Report on vaccination in Madras 1922-1929 - 1922-1929
Year: 1922
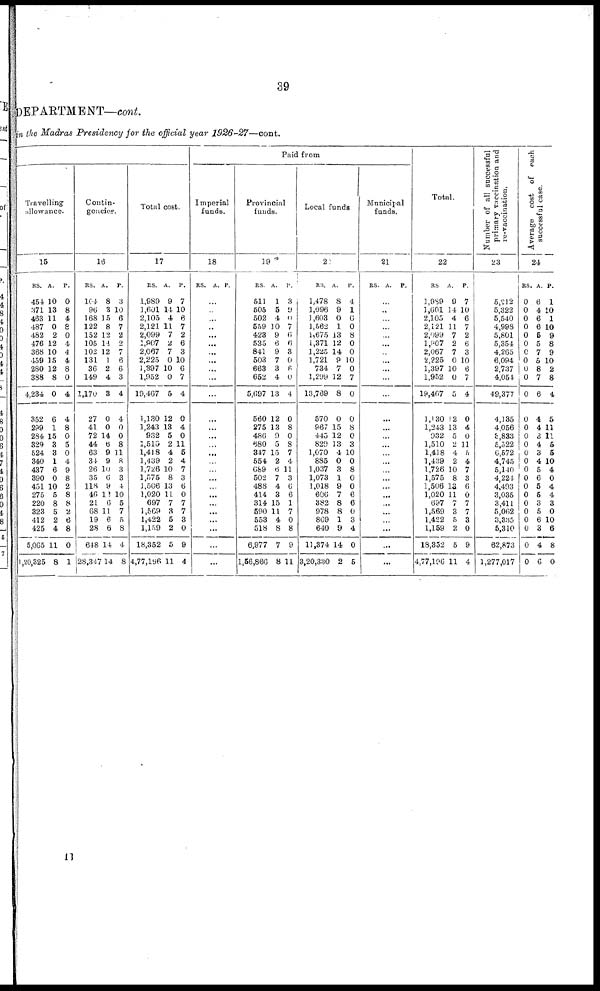
39
DEPARTMENT—cont.
in the Madras Presidency for the official year 1926-27—cont.
Travelling
allowance.
15
RS.
454
371
463
487
462
476
368
459
280
388
4,234
352
299
284
329
524
340
437
390
451
275
220
323
412
425
5,065
1,20,325
A.
10
13
11
0
2
12
10
15
12
8
0
6
1
15
3
3
1
6
0
10
6
8
5
2
4
11
8
P.
0
8
4
8
0
4
4
4
8
0
4
4
8
0
5
0
4
9
8
2
8
8
2
6
8
0
1
Contin-
gencies.
16
RS.
104
96
168
122
152
105
102
131
36
149
1,170
27
41
72
44
63
34
26
35
118 46
21
68
19
28
648
28,347
A.
8
3
15
8
12
14
12
1
2
4
3
0
0
14
6
9
9
10
6
9
10
6
11
6
6
14
14
P.
3
10
6
7
2
2
7
6
6
3
4
4
0
0
8
11
8
3
3
4
10
5
7
5
8
4
8
Total
cost
.
17
RS.
1,989
1,601
2,105
2,121
2,099
1,907
2,067
2,225
1,397
1,952
19,467
1,130
1,243
932
1,510
1,418
1,439
1,726
1,575
1,506
1,020
697
1,569
1,422
1,159
18,352
4,77,196
A.
9
14
4
11
7
2
7
0
10
0
5
12
13
5
2
4
2
10
8
13
11
7
3
5
2
5
11
P.
7
10
6
7
2
6
3
10
6
7
4
0
4
0
11
5
4
7
3
6
0
7
7
3
0
9
4
Paid from
Imperial
funds.
18
RS. A. P.
...
...
...
...
...
...
...
...
...
...
...
...
...
...
...
...
... ...
...
...
...
...
...
...
...
...
...
Provincial
funds.
19
RS.
511
505
502
559
423
535
841
503
663
652
5,697
560
275
486
680
347
554
689
502
488
414
314
590
553
518
6,977
1,56,860
A.
1
5
4
10
9
6
9
7
3
4
13
12
13
9 5
15
2
6
7
4
3
15
11
4
8
7
8
P.
3
9
0
7
6
6
3
0
6
0
4
0
8
0
8
7
4
11
3
6
6
1
7
0
8
9
11
Local funds
20
RS.
1,478
1,096
1,603
1,562
1,675
1,371
1,225
1,721
734
1,299
13,769
570
967
445
829
1,070
885
1,037
1,073
1,018
606
382
978
869
640
11,374
3,20,330
A.
8
9
0
1
13
12
14
9
7
12
8
0
15
12
13
4
0
3
1
9
7
8
8
1
9
14
2
P.
4
1
0
0
8
0
0
10
0
7
0
0
8
0
3
10
0
8
0
0
6
6
0
3
4
0
5
Municipal
funds.
21
RS. A. P.
...
...
...
...
...
...
...
...
...
...
...
...
...
...
...
...
...
...
...
...
...
...
...
...
...
...
...
Total.
22
RS.
1,989
1,601
2,105
2,121
2,099
1,907
2,067
2,225
1,397
1,952
19,467
1,130
1,243
932
1,510
1,418
1,439
1,726
1,575
1,506
1,020
697
1,569
1,422
1,159
18,352
4,77,196
A.
9
14
4
11
7
2
7
0
10
0
5
12
13
5
2
4
2
10
8
13
11
7
3
5
2
5
11
P.
7
10
6
7
2
6
3
10
6
7
4
0
4
0
11
5
4
7
3
6
0
7
7
3
0
9
4
Number of all successful
primary vaccination and
re-vaccination.
23
5,212
5,322
5,540
4,998
5,801
5,354
4,265
6,094
2,737
4,054
49,377
4,135
4,056
3,833
5,522
6,572
4,745
5,110
4,224
4,493
3,035
3,411
5,062
3,385
5,310
62,873
1,277,017
Average
cost of each
successful case.
24
RS.
0
0
0
0
0
0
0
0
0
0
0
0
0
0
0
0
0
0
0
0
0
0
0
0
0
0
0
A.
6
4
6
6
6
5
7
5
8
7
6
4
4
3
4
3
4
5
6
5
5
3
5
6
3
4
6
P.
1
10
1
10
9
8
9
10
2
8
4
5
11
11
5
5
10
4
0
4
4
3
0
10
6
8
0
11